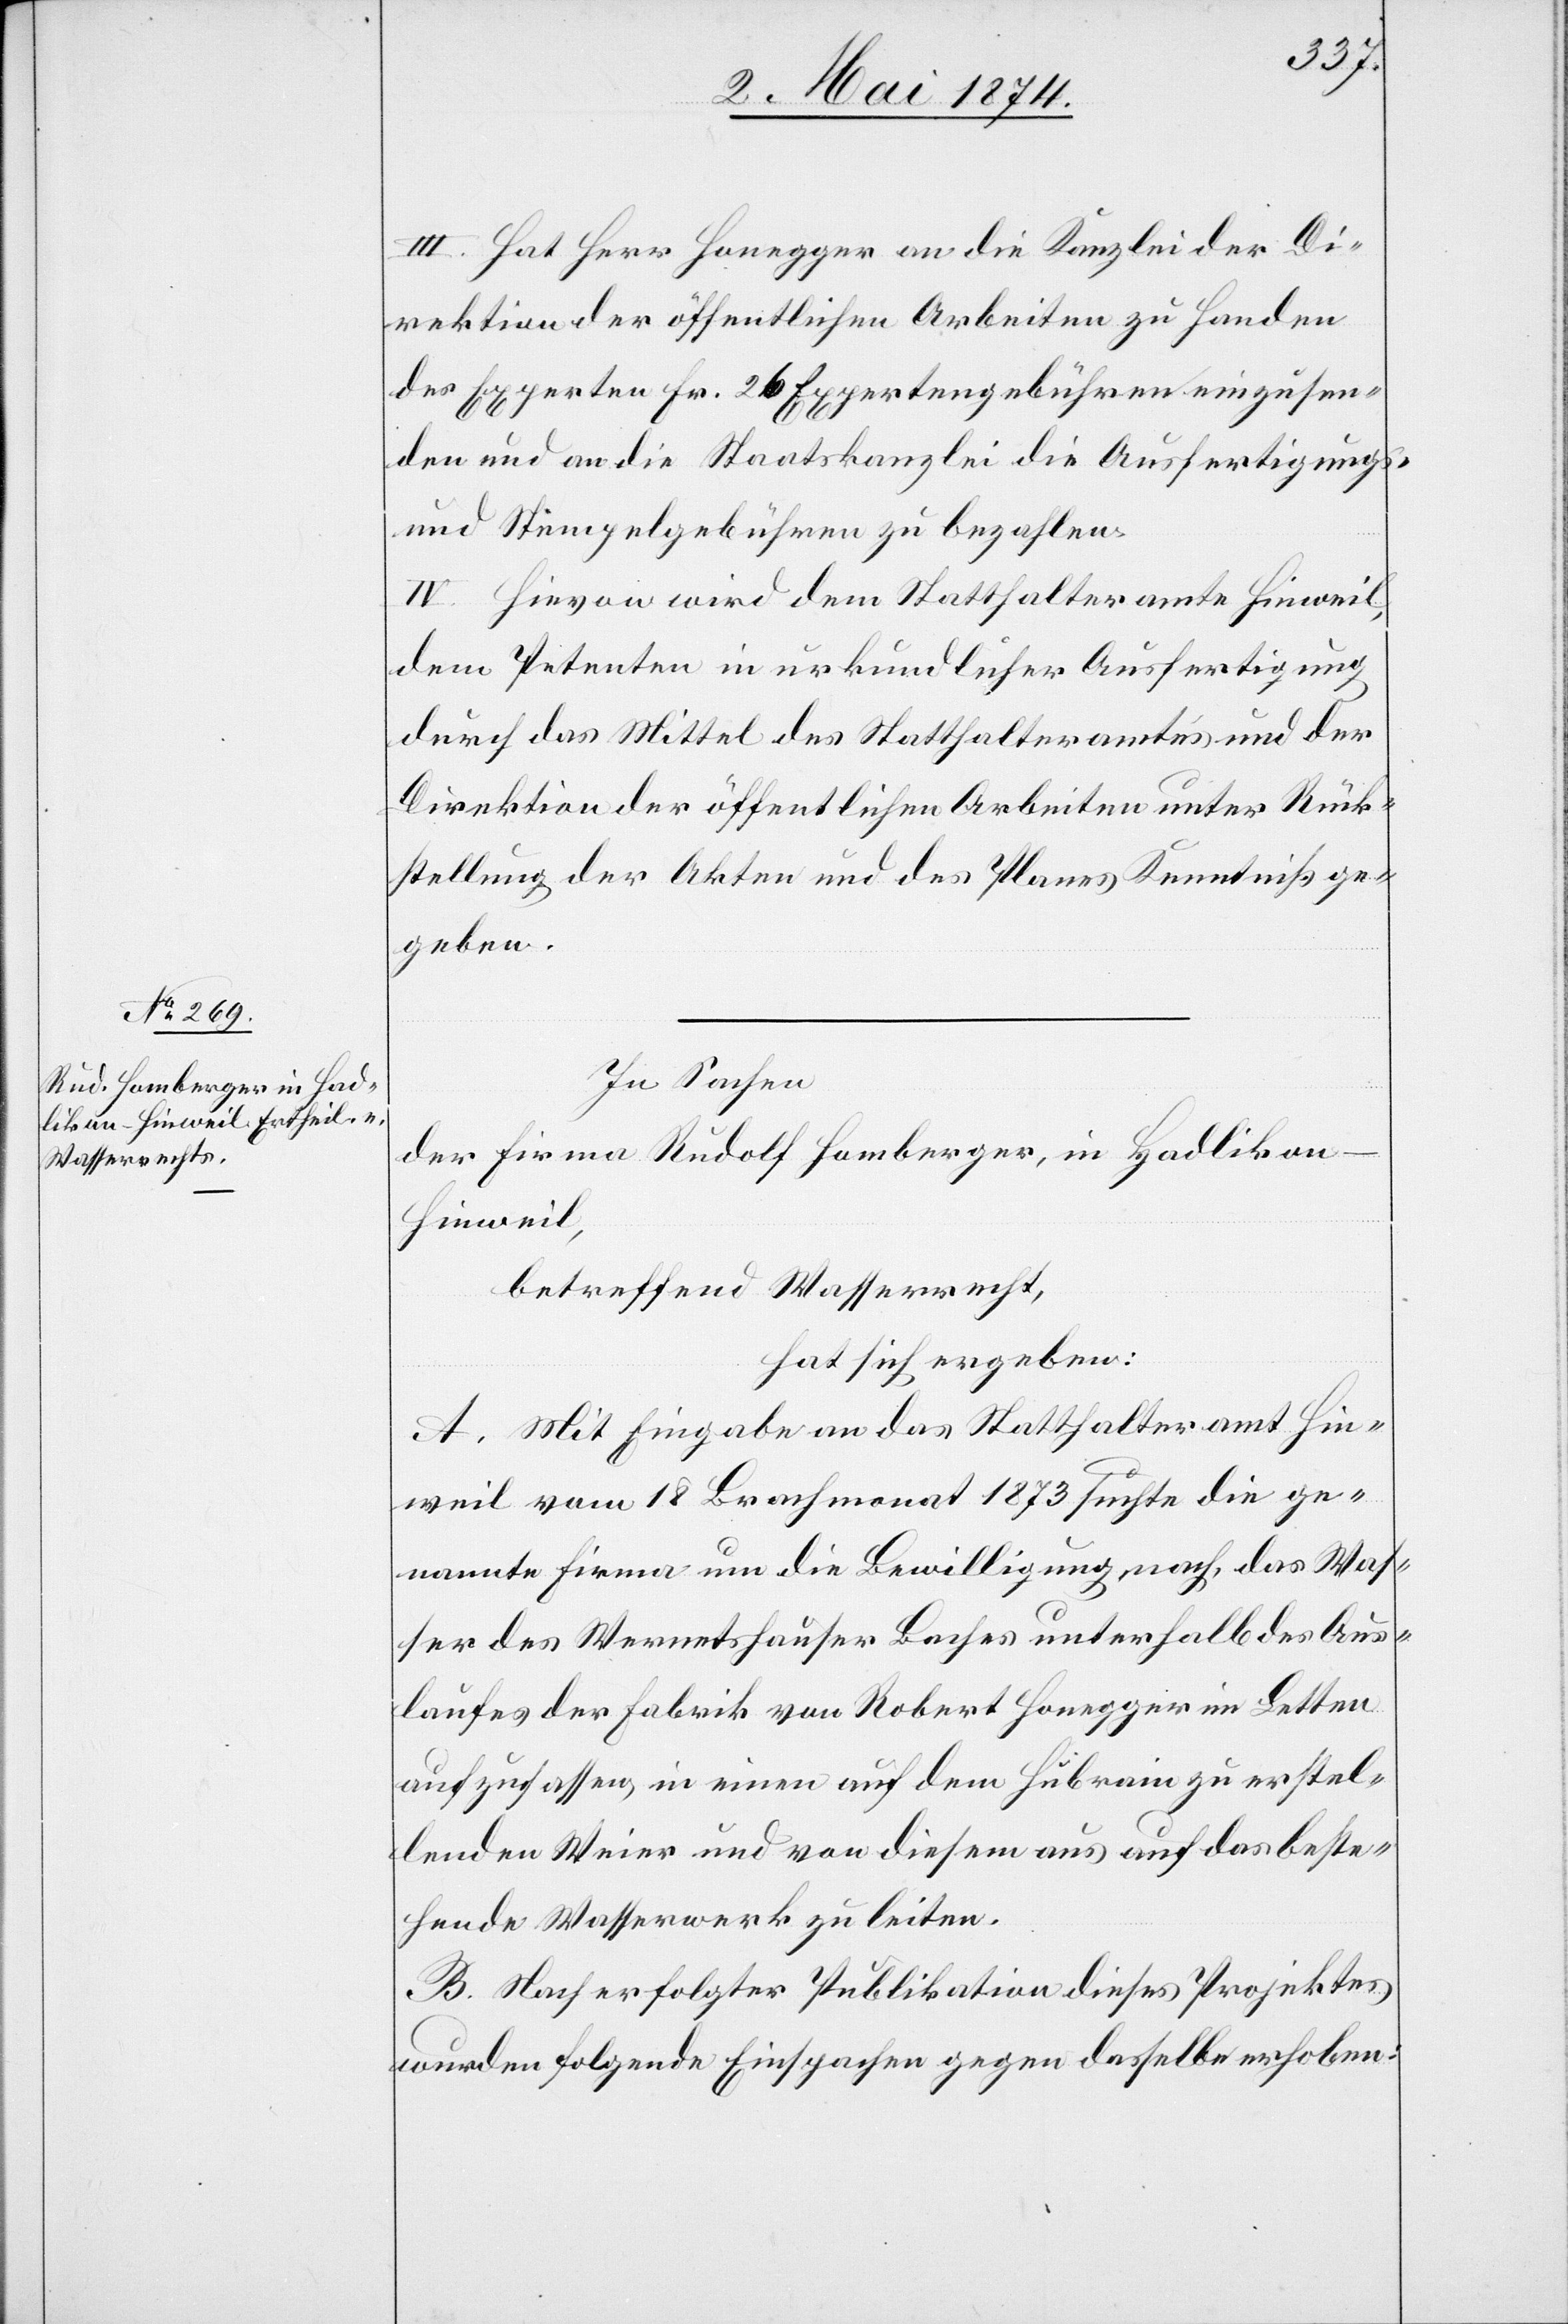
III. Hat Herr Honegger an die Kanzlei der Di¬
rektion der öffentlichen Arbeiten zu Handen
des Experten Fr. 26 Expertengebühren einzusen¬
den und an die Staatskanzlei die Ausfertigungs-
und Stempelgebühren zu bezahlen.
IV. Hievon wird dem Statthalteramt Hinweil,
dem Petenten in urkundlicher Ausfertigung
durch das Mittel des Statthalteramtes und der
Direktion der öffentlichen Arbeiten unter Rück¬
stellung der Akten und des Planes Kenntniß ge¬
geben.
In Sachen
der Firma Rudolf Homberger, in Hadliko¬
n-Hinweil,
betreffend Wasserrecht,
hat sich ergeben:
A. Mit Eingabe an das Statthalteramt Hin¬
weil vom 18. Brachmonat 1873 suchte die ge¬
nannte Firma um die Bewilligung nach, das Was¬
ser des Wernetshauser Baches unterhalb des Aus¬
laufes der Fabrik von Robert Honegger im Letten
auf zufassen, in einen auf dem Hubrain zu erstel¬
lenden Weier und von diesem aus auf das beste¬
hende Wasserwerk zu leiten.
B. Nach erfolgter Publikation dieses Projektes
wurden folgende Einsprachen gegen dasselbe erhoben: